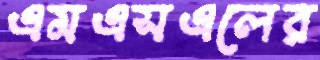
এমএসএলের